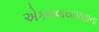
એકલવાયાપણાના